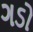
ગડો